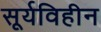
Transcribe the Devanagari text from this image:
सूर्यविहीन